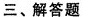
三、解答题